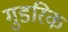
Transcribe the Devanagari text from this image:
गुडरिक